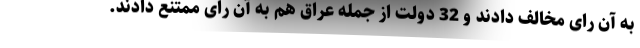
به آن رای مخالف دادند و 32 دولت از جمله عراق هم به آن رای ممتنع دادند.